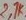
Text: 2,7K